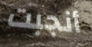
أنجبت